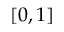
[ 0 , 1 ]